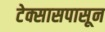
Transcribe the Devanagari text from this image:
टेक्सासपासून